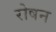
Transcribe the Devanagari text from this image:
रोषन